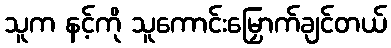
သူက နင့်ကို သူကောင်းမြှောက်ချင်တယ်